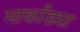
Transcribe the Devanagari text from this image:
मार्कांड्या